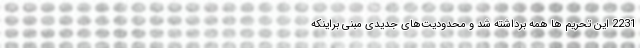
2231 این تحریم ها همه برداشته شد ‌و محدودیت‌های جدیدی مبنی براینکه